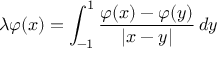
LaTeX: \lambda \varphi ( x ) = \int _ { - 1 } ^ { 1 } { \frac { \varphi ( x ) - \varphi ( y ) } { | x - y | } } \, d y